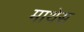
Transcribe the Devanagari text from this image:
माथेस